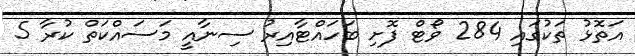
އަތޮޅު ތަކުގައި 284 ވޯޓް ފޮށި ބަހައްޓާއިރު ސިނާއީ މަސައްކަތް ކުރާ 5